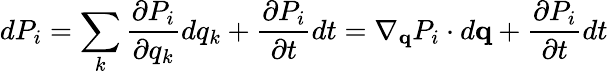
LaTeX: dP_{i}=\sum_{k}\frac{\partial P_{i}}{\partial q_{k}}dq_{k}+\frac{\partial P_{i}}{\partial t}dt=\nabla_{\mathbf{q}}P_{i}\cdot d\mathbf{q}+\frac{\partial P_{i}}{\partial t}dt